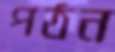
পঠন